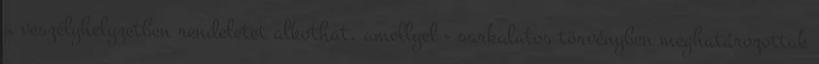
a veszélyhelyzetben rendeletet alkothat, amellyel - sarkalatos törvényben meghatározottak